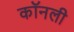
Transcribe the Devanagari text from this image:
कॉनली